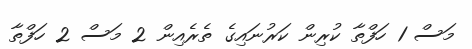
މަސް 1 ހަފްތާ ކުރިން ކަރުނައިގެ ތެރެއިން 2 މަސް 2 ހަފްތާ